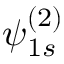
\psi _ { 1 s } ^ { ( 2 ) }